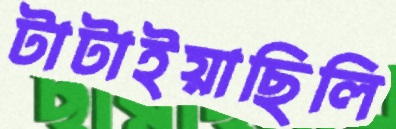
টাটাইয়াছিলি